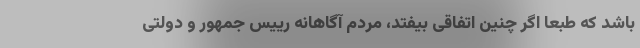
باشد که طبعا اگر چنین اتفاقی بیفتد، مردم آگاهانه رییس جمهور و دولتی